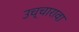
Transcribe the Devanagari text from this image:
उच्चारावा़